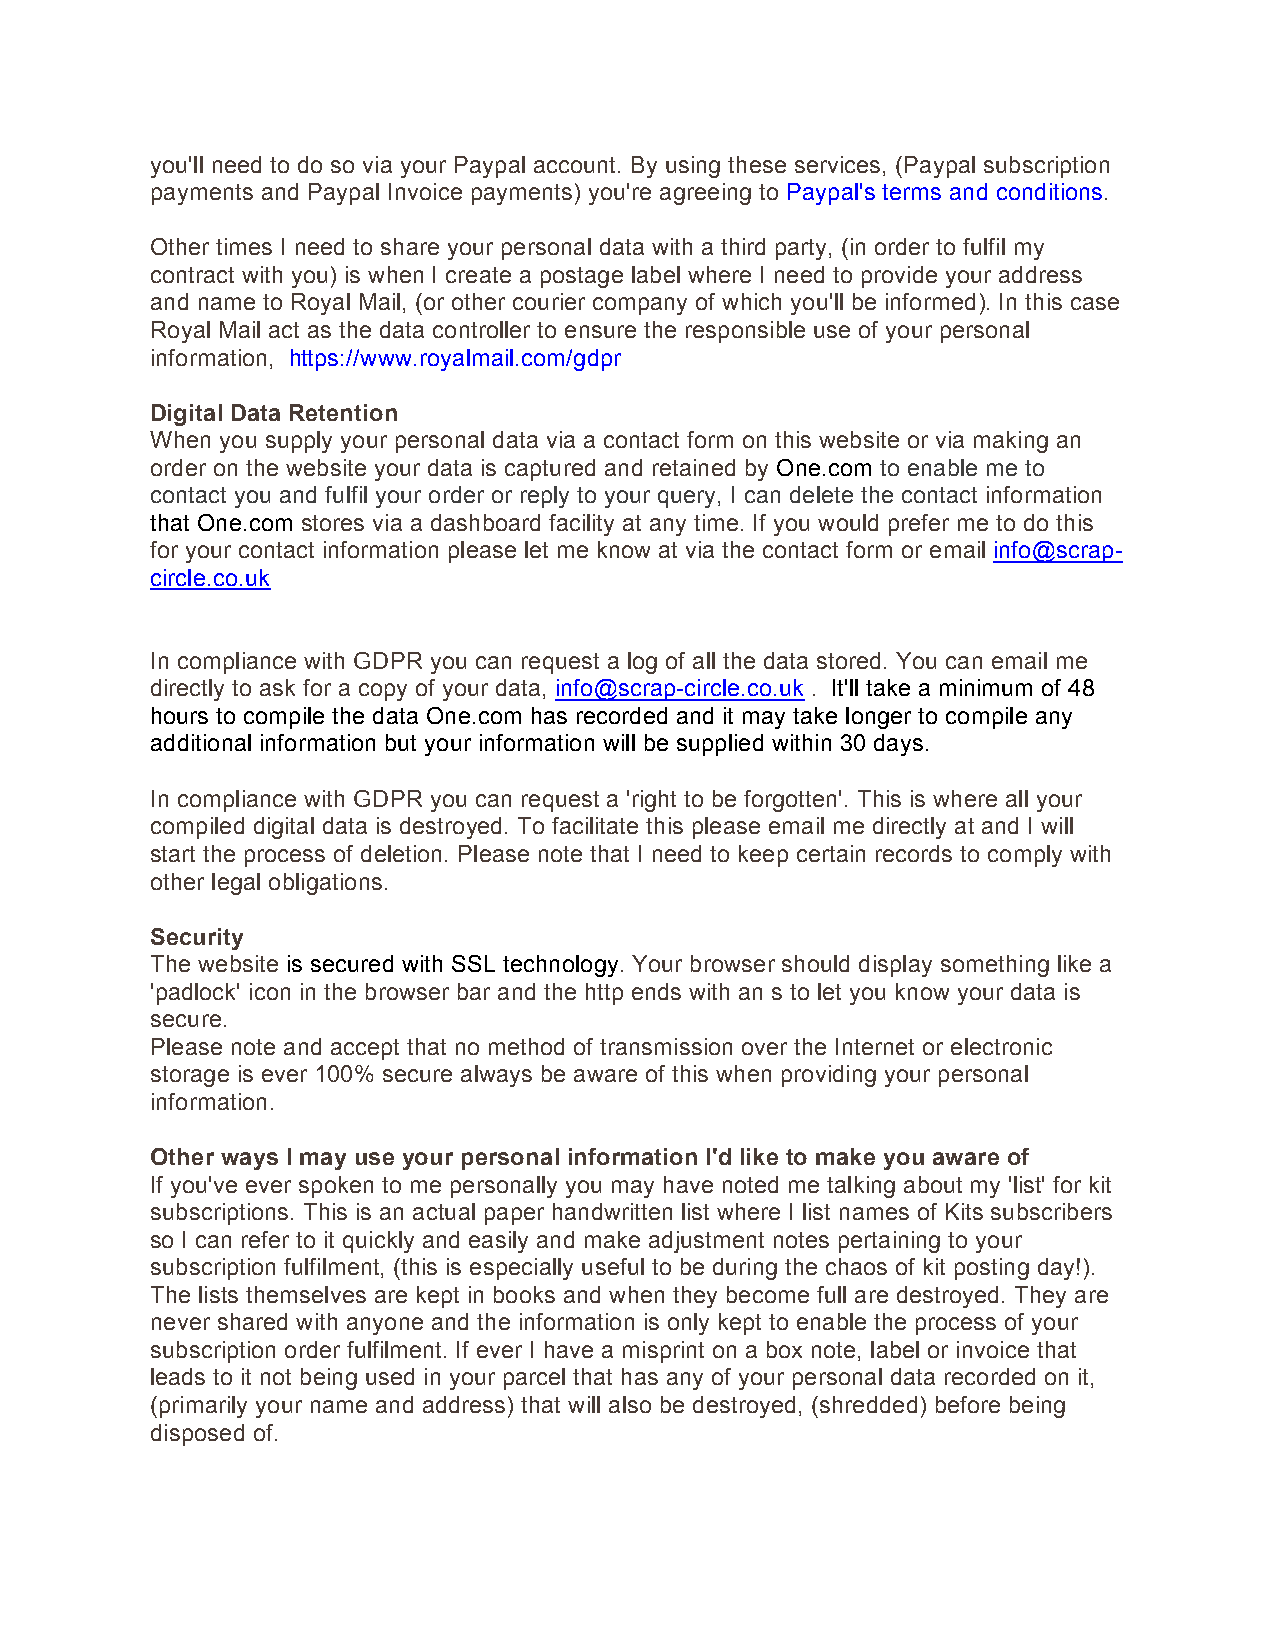
you'll need to do so via your Paypal account. By using these services, (Paypal subscription
 payments and Paypal Invoice payments) you're agreeing to Paypal's terms and conditions.
 Other times I need to share your personal data with a third party, (in order to fulfil my
 contract with you) is when I create a postage label where I need to provide your address
 and name to Royal Mail, (or other courier company of which you'll be informed). In this case
 Royal Mail act as the data controller to ensure the responsible use of your personal
 information, https://www.royalmail.com/gdpr
 Digital Data Retention
 When you supply your personal data via a contact form on this website or via making an
 order on the website your data is captured and retained by One.com to enable me to
 contact you and fulfil your order or reply to your query, I can delete the contact information
 that One.com stores via a dashboard facility at any time. If you would prefer me to do this
 for your contact information please let me know at via the contact form or email info@scrap-
 circle.co.uk
 In compliance with GDPR you can request a log of all the data stored. You can email me
 directly to ask for a copy of your data, info@scrap-circle.co.uk . It'll take a minimum of 48
 hours to compile the data One.com has recorded and it may take longer to compile any
 additional information but your information will be supplied within 30 days.
 In compliance with GDPR you can request a 'right to be forgotten'. This is where all your
 compiled digital data is destroyed. To facilitate this please email me directly at and I will
 start the process of deletion. Please note that I need to keep certain records to comply with
 other legal obligations.
 Security
 The website is secured with SSL technology. Your browser should display something like a
 'padlock' icon in the browser bar and the http ends with an s to let you know your data is
 secure.
 Please note and accept that no method of transmission over the Internet or electronic
 storage is ever 100% secure always be aware of this when providing your personal
 information.
 Other ways I may use your personal information I'd like to make you aware of
 If you've ever spoken to me personally you may have noted me talking about my 'list' for kit
 subscriptions. This is an actual paper handwritten list where I list names of Kits subscribers
 so I can refer to it quickly and easily and make adjustment notes pertaining to your
 subscription fulfilment, (this is especially useful to be during the chaos of kit posting day!).
 The lists themselves are kept in books and when they become full are destroyed. They are
 never shared with anyone and the information is only kept to enable the process of your
 subscription order fulfilment. If ever I have a misprint on a box note, label or invoice that
 leads to it not being used in your parcel that has any of your personal data recorded on it,
 (primarily your name and address) that will also be destroyed, (shredded) before being
 disposed of.